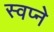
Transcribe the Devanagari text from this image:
स्वप्‍ने